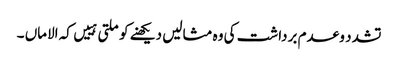
تشدد و عدم برداشت کی وہ مثالیں دیکھنے کو ملتی ہییں کہ الاماں ۔